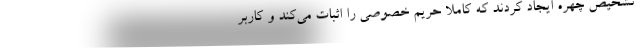
تشخیص چهره ایجاد کردند که کاملا حریم خصوصی را اثبات می‌کند و کاربر